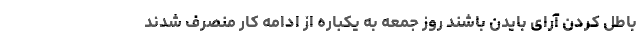
باطل کردن آرای بایدن باشند روز جمعه به یکباره از ادامه کار منصرف شدند